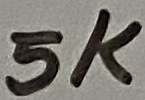
Text: 5K